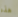
هذه